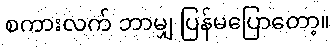
စကားလက် ဘာမျှ ပြန်မပြောတော့။